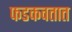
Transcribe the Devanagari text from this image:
फडकवतात